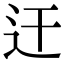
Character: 迀